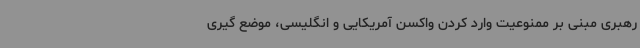
رهبری مبنی بر ممنوعیت وارد کردن واکسن آمریکایی و انگلیسی، موضع گیری